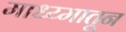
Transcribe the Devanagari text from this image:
माध्य्मातून